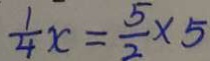
\frac { 1 } { 4 } x = \frac { 5 } { 2 } \times 5